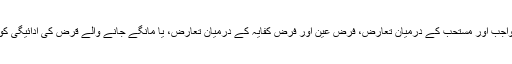
پہلی بات کی مثال، جیسے واجب اور مستحب کے درمیان تعارض، فرض عین اور فرض کفایہ کے درمیان تعارض، یا مانگے جانے والے قرض کی ادائیگی کو نفل صدقے پر مقدم رکھنا۔